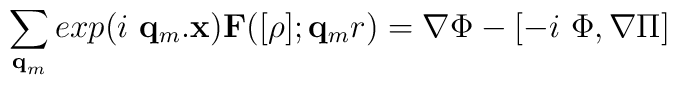
\sum_{ {\bf{q}}_{m} }exp(i{\mbox{  }}{\bf{q}}_{m}.{\bf{x}}){\bf{F}}([\rho];{\bf{q}}_{m}r) = \nabla\Phi - [-i\mbox{ }\Phi,\nabla\Pi]